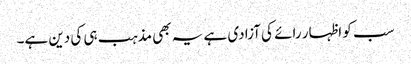
سب کو اظہار رائے کی آزادی ہے یہ بھی مذہب ہی کی دین ہے۔